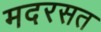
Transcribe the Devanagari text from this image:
मदरसत